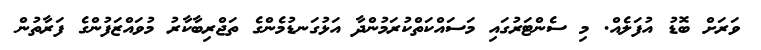
ވަރަށް ބޮޑު އުފަލެއް. މި ސެންޓަރުގައި މަސައްކަތްކުރަމުންދާ އަޅުގަނޑުމެންގެ ތަޖްރިބާކާރު މުވައްޒަފުންގެ ފަރާތުން